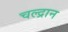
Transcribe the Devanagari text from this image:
चल्द्रान